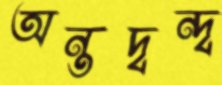
অন্তদ্বন্দ্ব